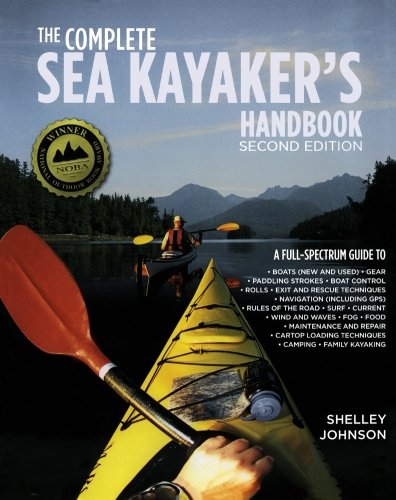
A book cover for The Complete Sea Kayakers Handbook, Second Edition; Shelley Johnson; Sports & Outdoors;